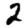
Digit: 2